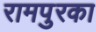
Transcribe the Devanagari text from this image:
रामपुरका